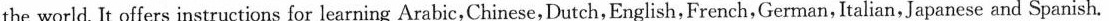
the world. It offers instructions for learning Arabic,Chinese,Dutch,English,French,German, Italian,Japanese and Spanish.